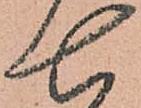
七